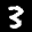
Label: 3